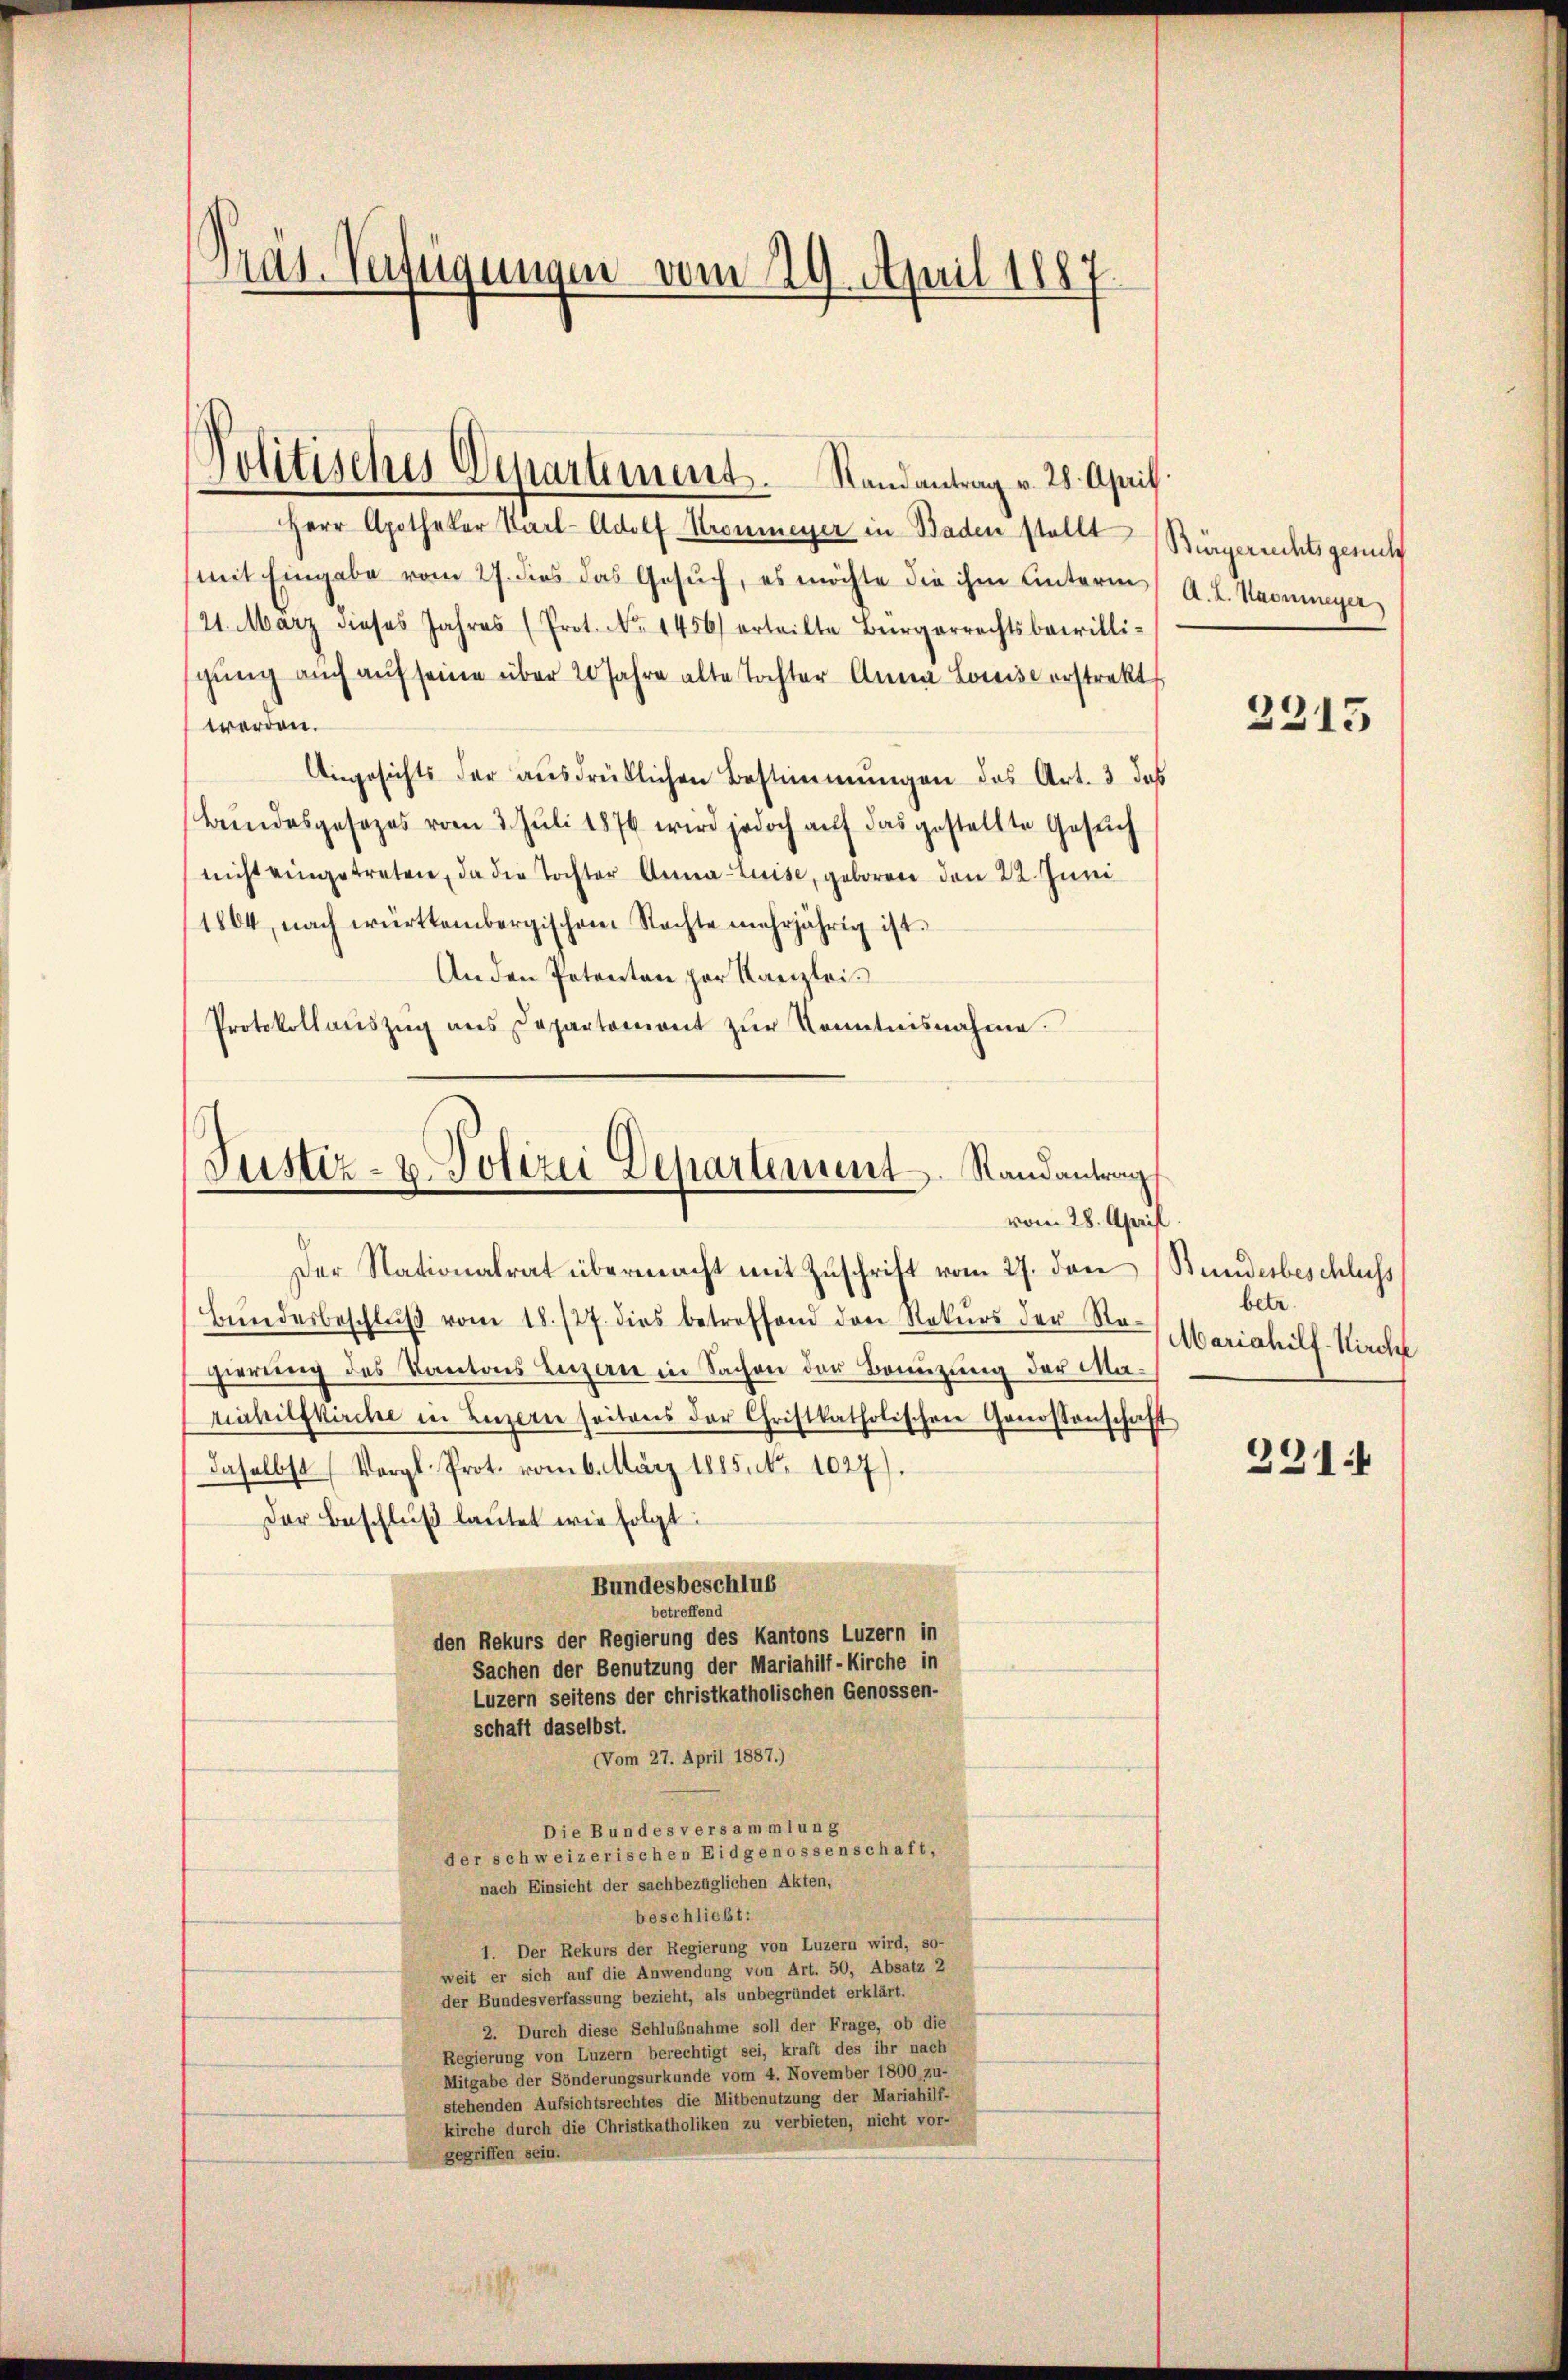
Präs. Verfügungen vom 29. April 1887.

Herr Apotheker Karl-Adolf Kronmeyer in Baden stellt (Bürgerrechtsgesuch
mit Eingabe vom 27. dies das Gesuch, es möchte die ihm Unterm A. L. Kammeyer,
(21. März dieses Jahres (Prot. No. 1456) erteilte Bürgerrechtsbewilli-
gŭng auch aŭf seine über 20 Jahre alte Tochter Anna Louise erstrakt
werden.
Angesichts der ausdrüklichen Bestimmungen des Art. 3 das
Bundesgesezes vom 3. Juli 1876 wird jedoch auf das gestellte Gesŭch
nicht eingetreten, da die Tochter Anna Luise, geboren den 22. Juni
1804, nach württembergischen Nachte mehrjährig ist.
Anden Petenten par Kanzlei.
Protokollaŭszŭg ans Departement zŭr Kenntnisnahme.

Jolitisches Departement. Randantrag v. 28. April.

Bŭndesbeschlŭβ vom 18. 127. dies betreffend den Rekŭrs der Na-
gierung des Kantons Leiterne in Sachen der Bannzung der Mariahilfkirche in Luzern seitens der Christkatholischen Genossenschafft
daselbst (Vergl. Prot. vom 6. März 1885. No 1027).
Der Beschluß lautet wie folgt:
Bundesbeschlus
etreffend
den Rekurs der Regierung des Kantons Luzern in
Sachen der Benutzung der Mariahilf-Kirche in
Luzern seitens der christkatholischen Genossen-
schaft daselbst.
(Vom 27. April 1887.)
Die Bundes versammlung
der schweizerischen Eidgenossenschaft,
nach Einsicht der sachbezüglichen Akten,
beschließt:
1. Der Rekurs der Regierung von Luzern wird, so-
weit er sich auf die Anwendung von Art. 50, Absatz 2
der Bundesverfassung bezieht, als unbegründet erklärt.
2. Durch diese Schlußnahme soll der Frage, ob die
Regierung von Luzern berechtigt sei, kraft des ihr nach
Mitgabe der Sönderungsurkunde vom 4. November 1800, zu-
stehenden Aufsichtsrechtes die Mitbenutzung der Mariahilf-
kirche durch die Christkatholiken zu verbieten, nicht vor-
gegriffen sein

Justiz- u. Polizei Departement. Randantrag
vom 28. April
Der Nationalrat übermacht mit Zuschrift vom 27. den

2215

Bundesbeschluss
betr.
Mariahilf-Kirche
)

331: